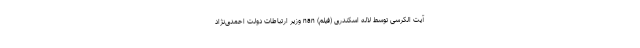
آیت الکرسی توسط لاله اسکندری (فیلم) nan وزیر ارتباطات دولت احمدی‌نژاد